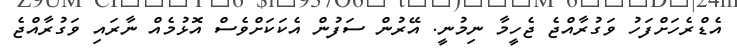
އެޑްރެހަށްފަހު ވަގުރާއްޖެ ޖެހީމާ ނިމުނީ. އޭރުން ސަފުން އެކަކަށްވެސް އޮޅުމެއް ނާރައި ވަގުރާއްޖެ